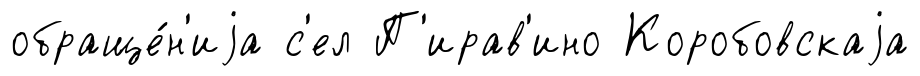
обраще́н'иjа с'ел П'ирав'ино Коробовскаjа